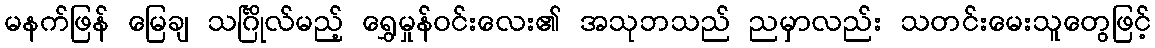
မနက်ဖြန် မြေချ သင်္ဂြိုလ်မည့် ရွှေမှုန်ဝင်းလေး၏ အသုဘသည် ညမှာလည်း သတင်းမေးသူတွေဖြင့်